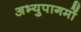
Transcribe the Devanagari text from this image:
अभ्युपागमों